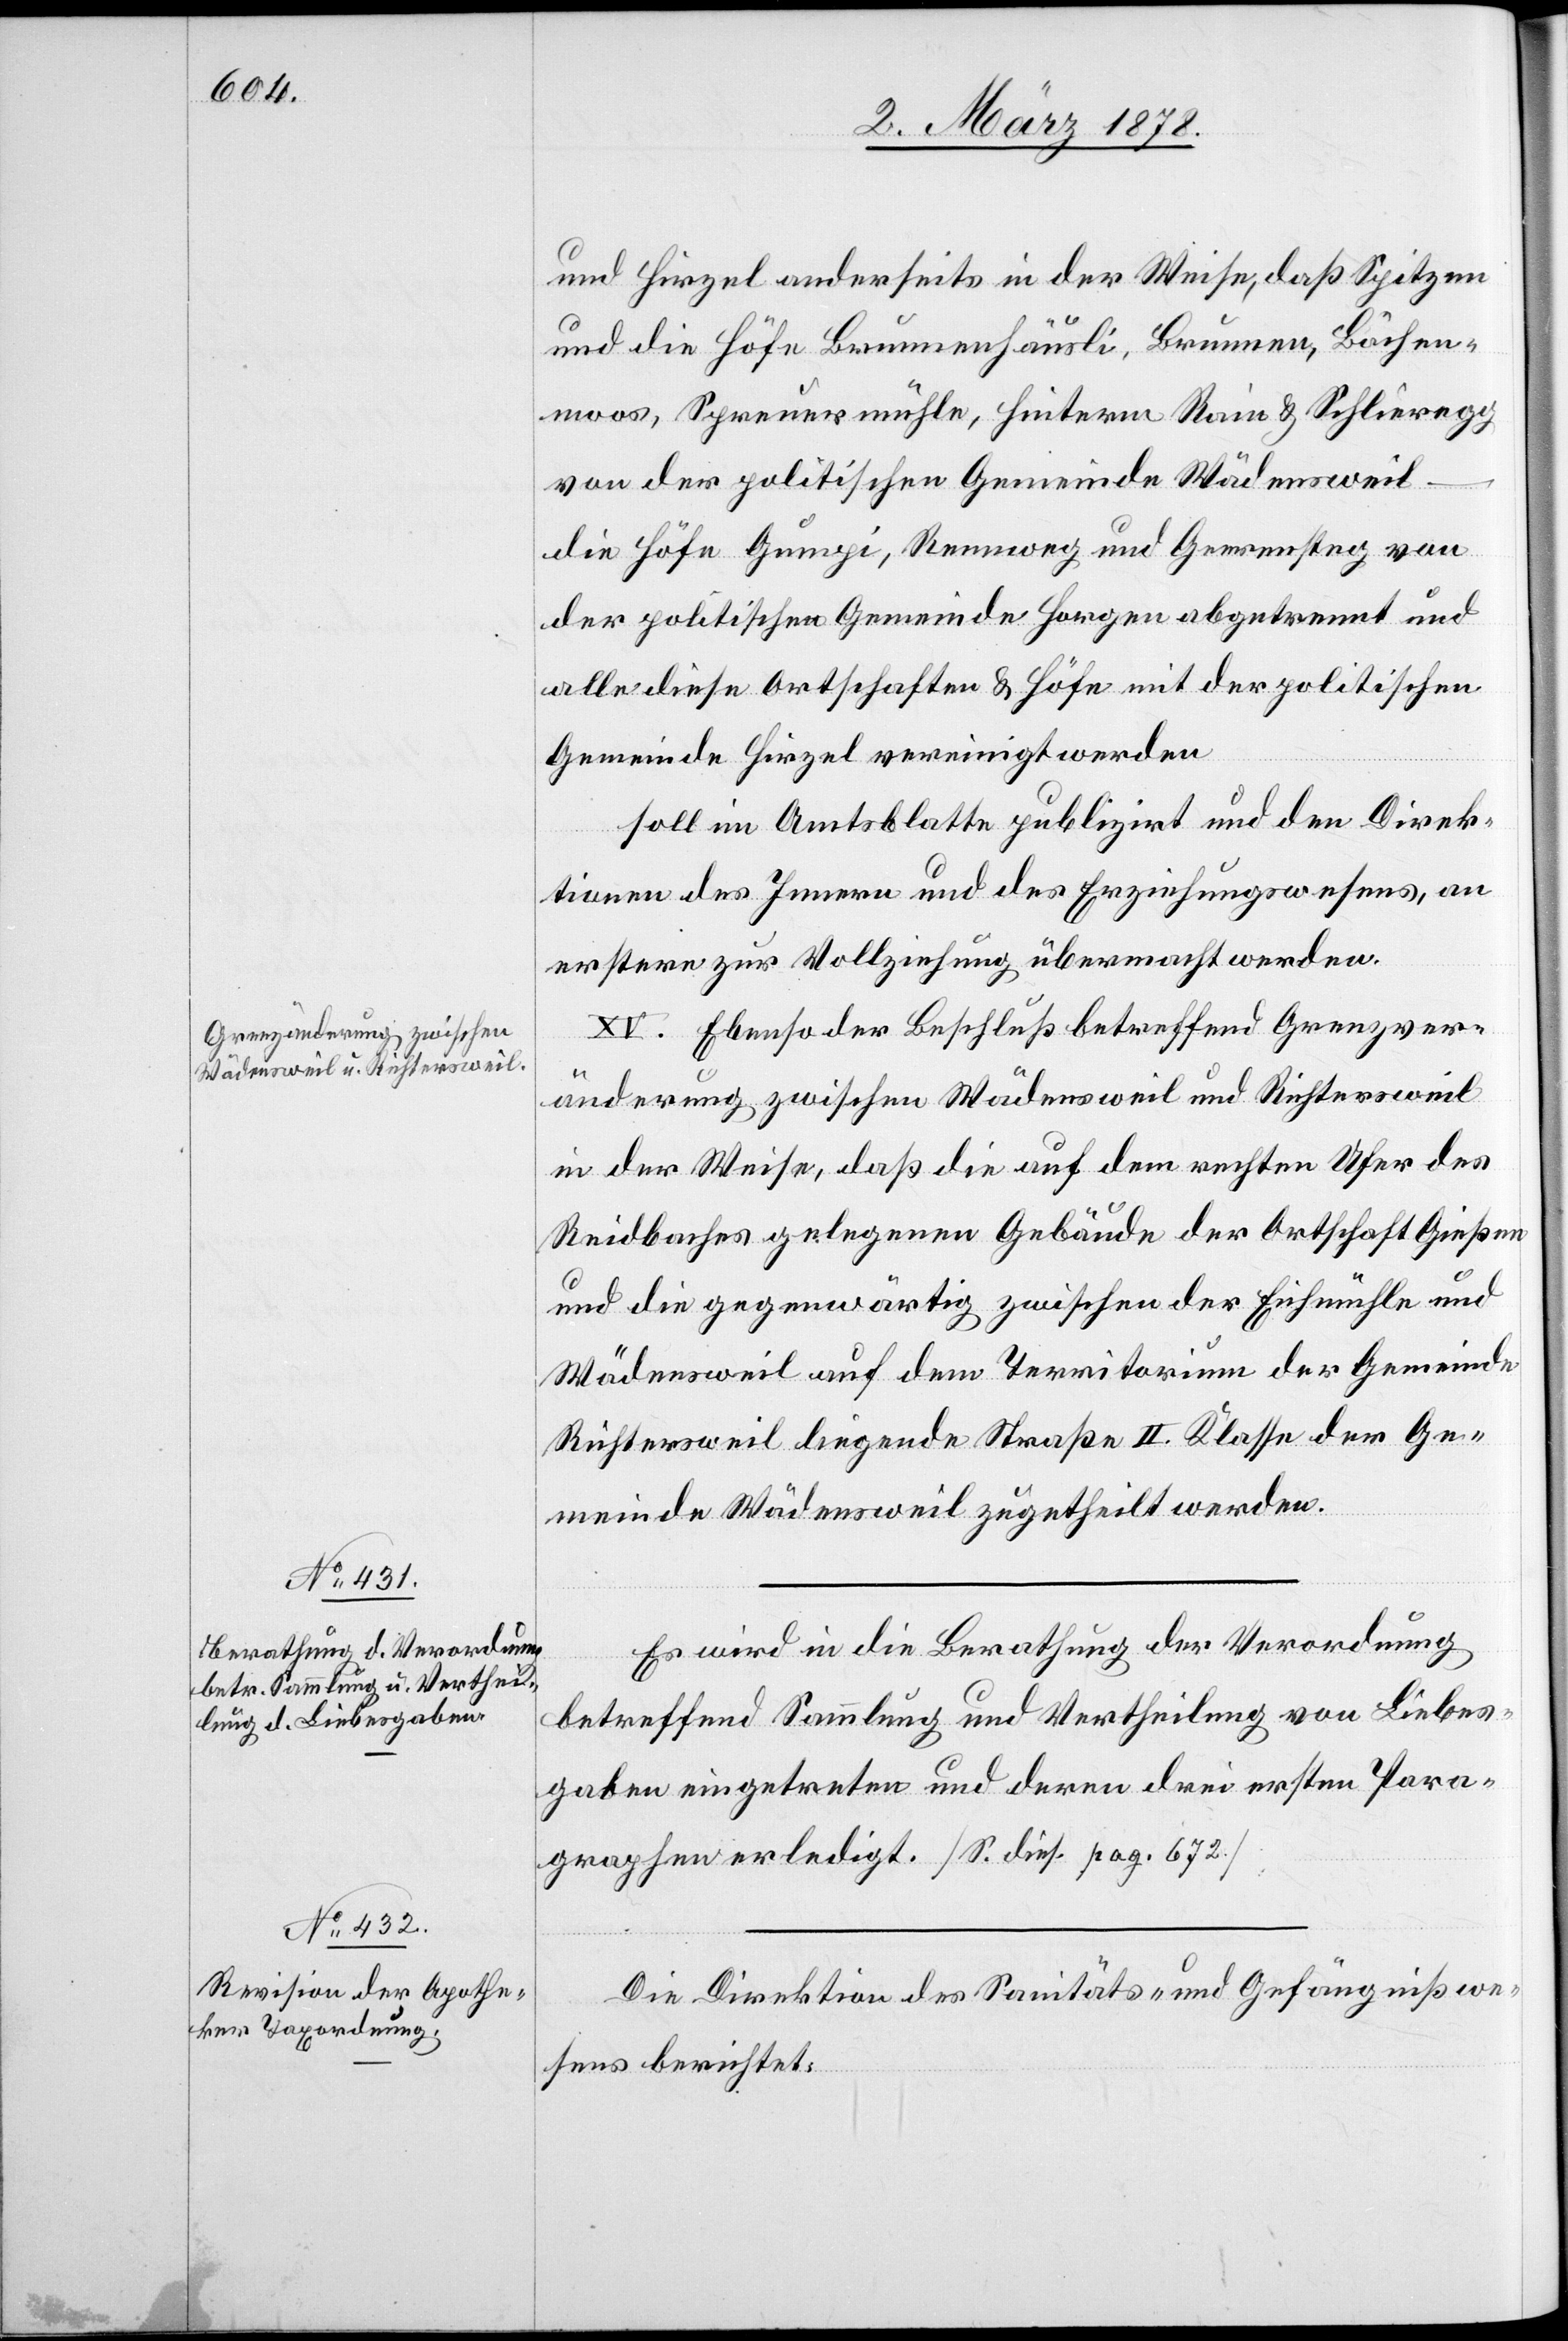
und Hirzel anderseits in der Weise, daß Spitzen
und die Höfe Brunnenhäusli, Brunnen, Bächen¬
moos, Spreuermühle, Hinterm Rain & Schlieregg
von der politischen Gemeinde Wädensweil
die Höfe Gumpi, Rennweg und Geerensteg von
der politischen Gemeinde Horgen abgetrennt und
alle diese Ortschaften & Höfe mit der politischen
Gemeinde Hirzel vereinigt werden
soll im Amtsblatte publizirt und den Direk¬
tionen des Innern und des Erziehungswesens, an
erstere zur Vollziehung übermacht werden.
XV. Ebenso der Beschluß betreffend Grenzver¬
änderung zwischen Wädensweil und Richtersweil
in der Weise, daß die auf dem rechten Ufer des
Reidbaches gelegenen Gebäude der Ortschaft Gießen
und die gegenwärtig zwischen der Eichmühle und
Wädensweil auf dem Territorium der Gemeinde
Richtersweil liegende Straße II. Klasse der Ge¬
meinde Wädensweil zugetheilt werden.
Es wird in die Berathung der Verordnung
betreffend Sammlung und Vertheilung von Liebes¬
gaben eingetreten und deren drei ersten Para¬
graphen erledigt. [S. dies. pag. 672.]
Die Direktion des Sanitäts- & Gefängnißwe¬
sens berichtet: